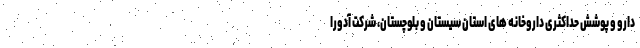
دارو و پوشش‌ حداکثری داروخانه های استان سیستان و بلوچستان، شرکت آدورا